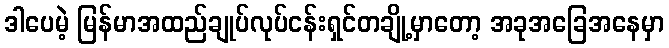
ဒါပေမဲ့ မြန်မာအထည်ချုပ်လုပ်ငန်းရှင်တချို့မှာတော့ အခုအခြေအနေမှာ